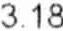
3.18